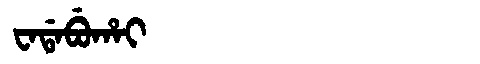
Manchu: ᠸᠠᡩᠠᠪᡠᡥᠠᡳ
Romanization: WADABUHAI